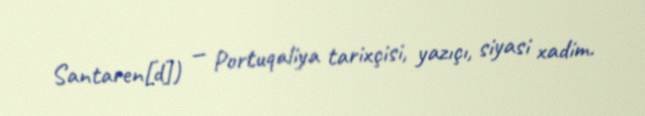
Santaren[d]) — Portuqaliya tarixçisi, yazıçı, siyasi xadim.